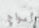
أمواج